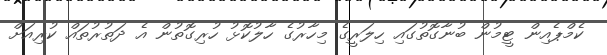
ކެމްޕެއިން ޓީމުން ބުނާގޮތުގައި ހިލަރީގެ މިހާރުގެ ހާލުކޮޅު ހުރިގޮތުން އެ ދަތުރުތައް ކުރިއަށް